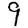
Digit: 9